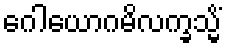
ဂေါယောဂမိလက္ခသ္မိံ